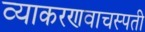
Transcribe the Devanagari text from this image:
व्याकरणवाचस्पती